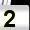
Digit: 2